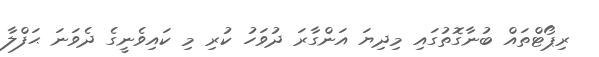
ރިޕޯޓްތައް ބުނާގޮތުގައި މިދިޔަ އަންގާރަ ދުވަހު ކުރި މި ކައިވެނީގެ ދެވަނަ ޙަފްލާ